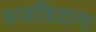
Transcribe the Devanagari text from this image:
रुजविताना